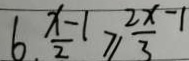
6 . \frac { x - 1 } { 2 } \geq \frac { 2 x - 1 } { 3 }